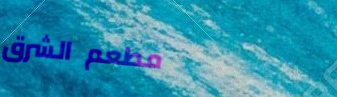
مطعم الشرق